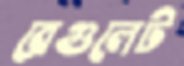
রেগুলেট